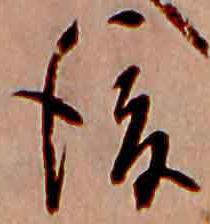
後